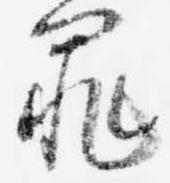
罪